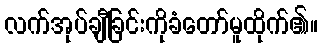
လက်အုပ်ချီခြင်းကိုခံတော်မူထိုက်၏။